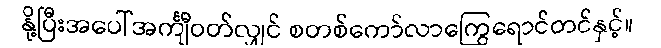
နို့ပြီးအပေါ်အင်္ကျီဝတ်လျှင် စတစ်ကော်လာကြွေရောင်တင်နှင့်။